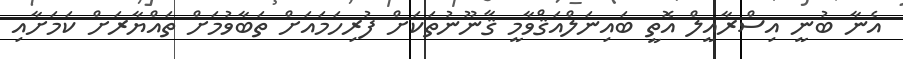
އެނާ ބުނީ އިސްރާއީލް އޮތީ ބައިނަލްއަޤްވާމީ ޤާނޫނުތަކަށް ފުރިހަމައަށް ތަބާވުމަށް ތައްޔާރަށް ކަމަށާއި